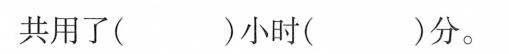
共用了( )小时( )分。